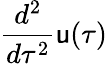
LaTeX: \frac{d^{2}}{d\tau^{2}}{\textbf{\textsf{u}}}(\tau)